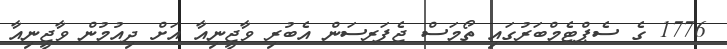
1776 ގެ ސެޕްޓެމްބަރުގައި ތޯމަސް ޖެފަރސަން އެބުރި ވާޖީނިއާ އަށް ދިއުމުން ވާޖީނިއާ